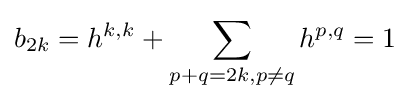
b_{2k}=h^{k,k}+\sum _{p+q=2k,p\neq q}h^{p,q}=1